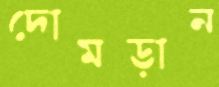
দোমড়ান